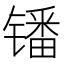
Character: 𫔍